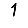
Digit: 1